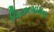
વિરમગામના